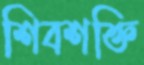
শিবশক্তি